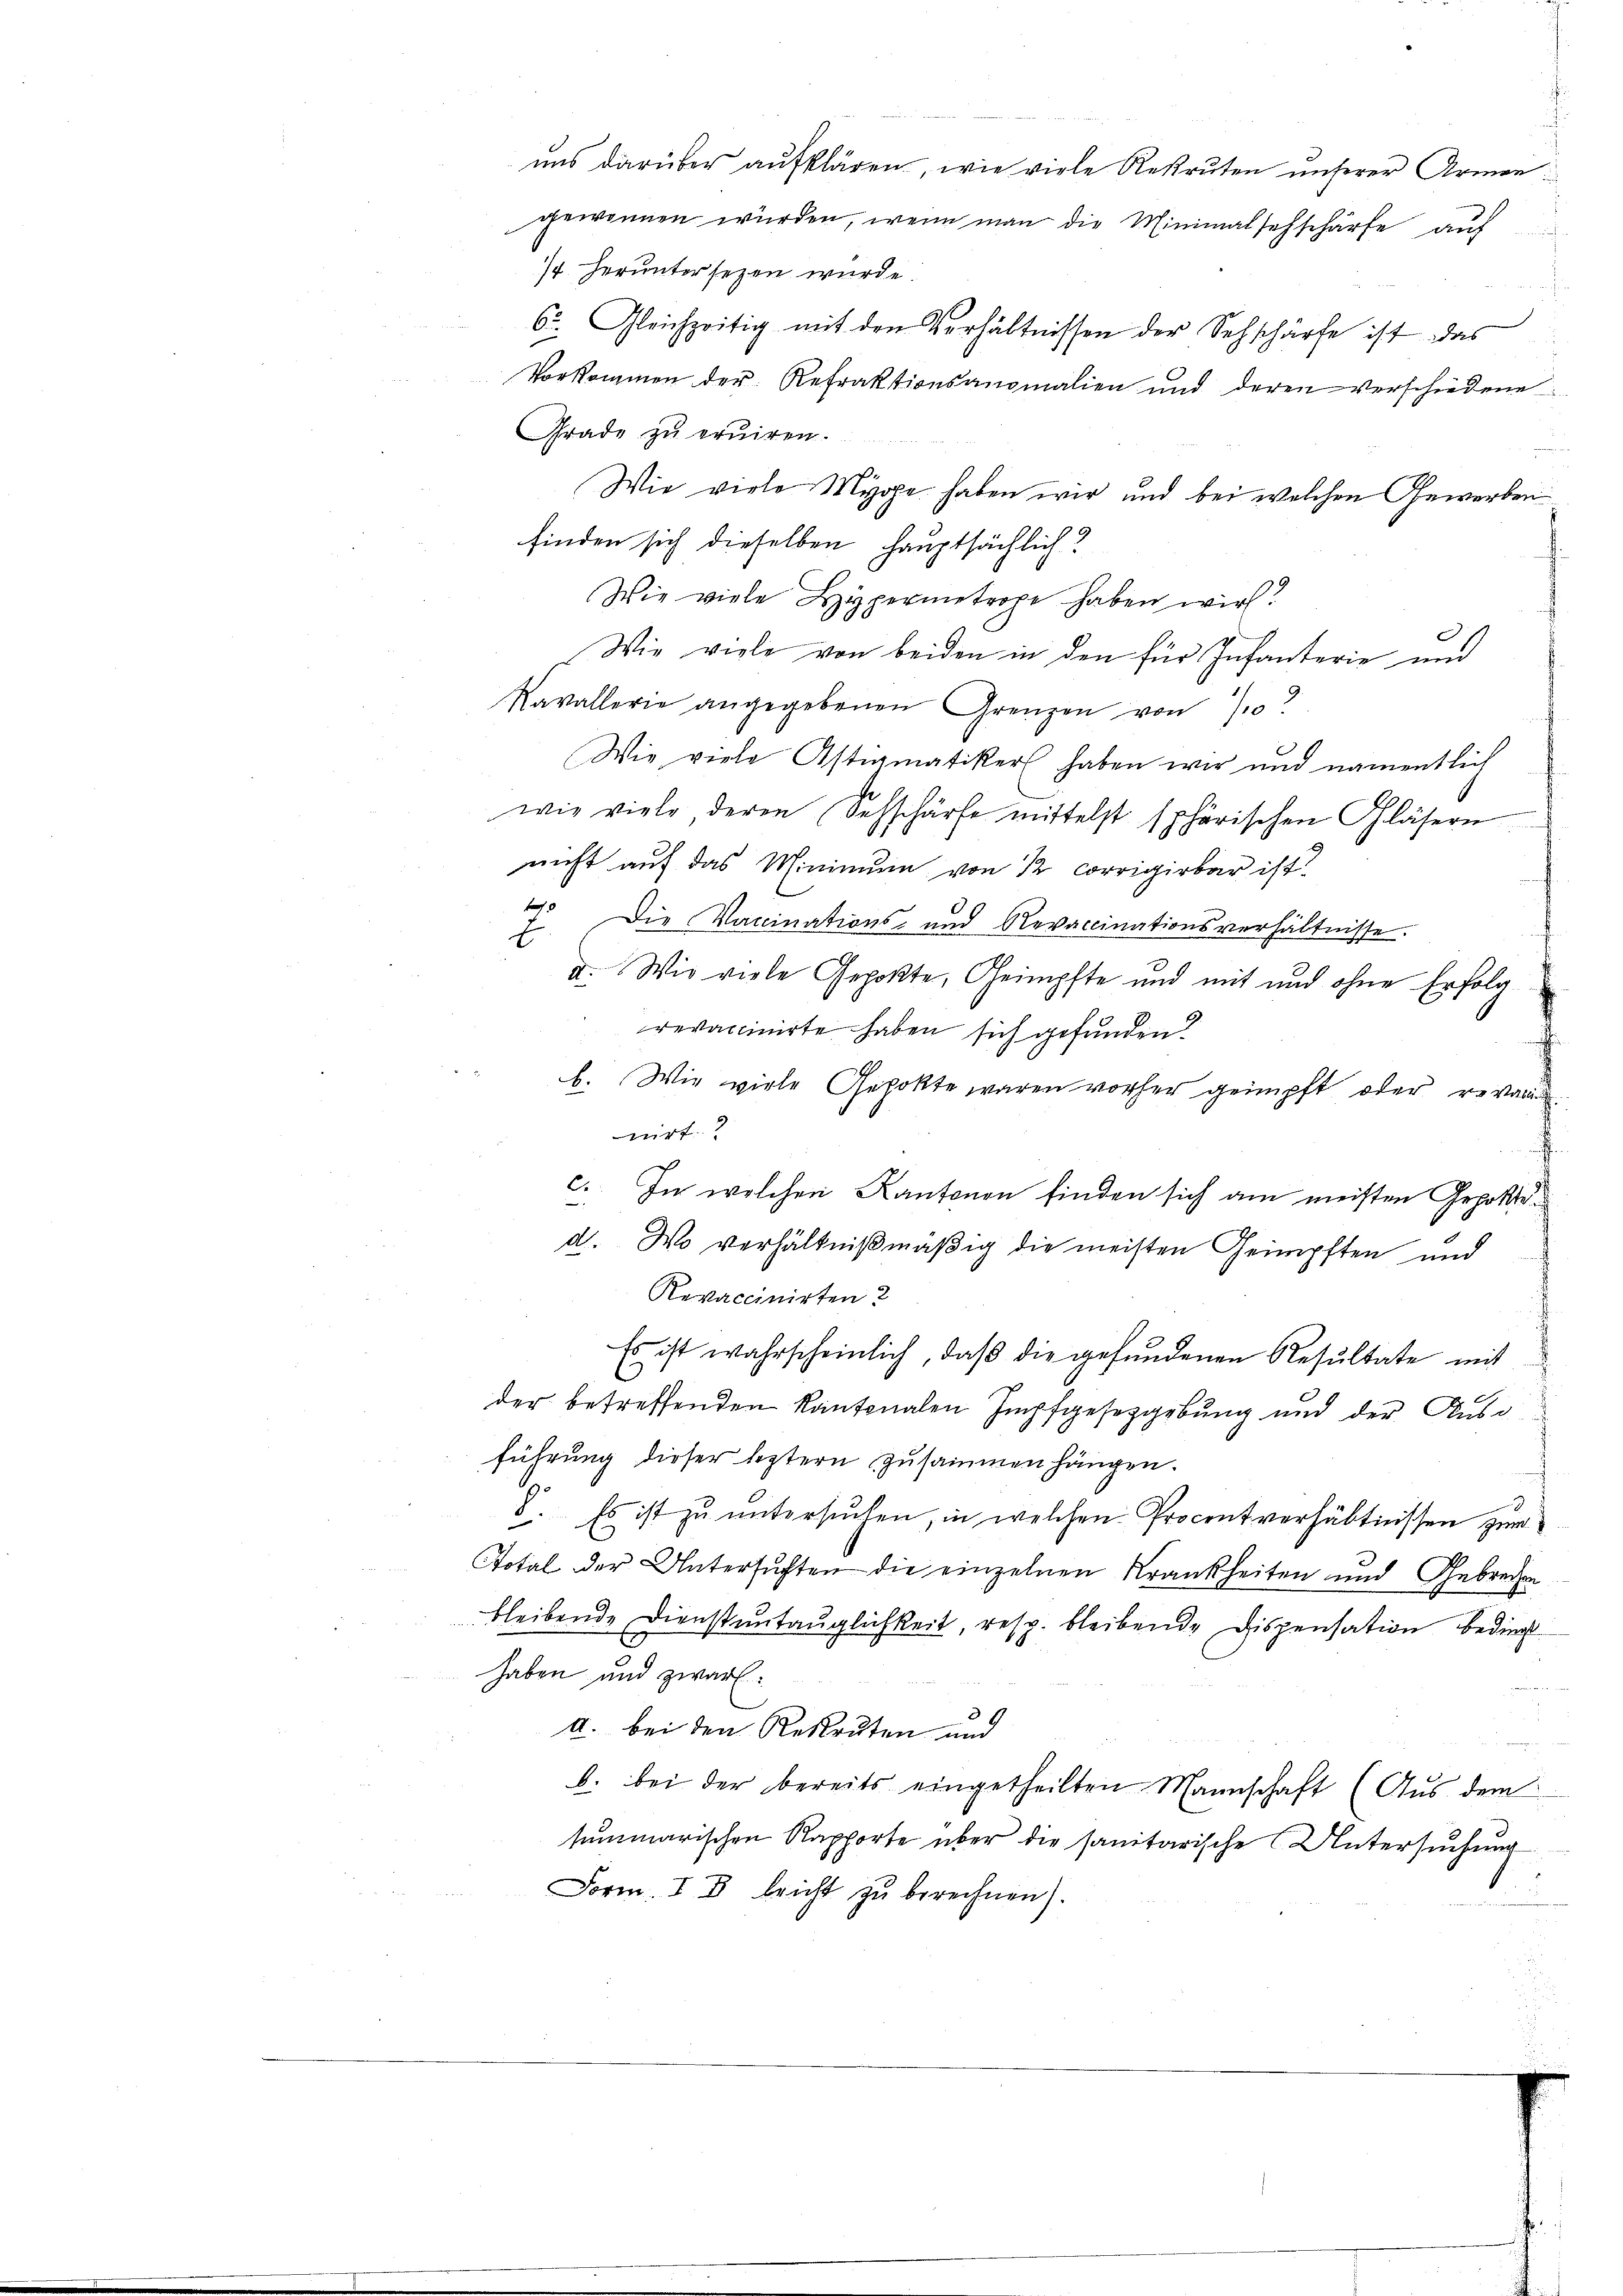
/ heruntersezen wurde.
6. Gleichzeitig mit den Verhältnissen der Sehschärfe ist das
Vorkommen der Refraktionsanomalien und deren verschiedene
Grade zu eruiren.
Wie viele Myoe haben wir und bei welchen Gewerben
finden sich dieselben hauptsächlich?
Wie viele Hypermetrope haben wir!
Wie viele von beiden in den für Infanterie und
Kavallerie angegebenen Grenzen von 70
Wie viele Astigmatikers haben wir und namentlich
wie viele deren Sehschärfe mittelst sphärischen Gläsern
nicht auf das Minimum von 2 corrigirbar ist
41. Die Vicinations- und Revaccinationsverhältnisse.
E
d. Wie viele Gepokte, Geimpfte und mit und ohne Erfolg
revaccinirte haben sich gefunden?
b. Wie viele Gepokte waren vorher geimpft oder revande
nirt.
c. In welchen Kantonen finden sich am meisten Gepolted. Wo verhältnißmäßig die meisten Geimpften und
Revaccinirten?
Es ist wahrscheinlich, daß die gefundenen Resultate mit
der betreffenden Kantonalen Impfgesetzgebung und der Ausd
führung dieser leztern zusammen hängen.
8. Es ist zŭ ŭntersŭchen, in welchen Procentverhältnissen zum
Total der Untersuchten die einzelnen Krankheiten und Gebrechen
bleibende Dienstuntauglichkeit, resp. bleibende Dispensation bedingt
haben und zwar:
i
a. bei den Rekruten und
b. bei der bereits eingetheilten Mannschaft (Aŭs dem
summarischen Rapporte über die sanitarische Untersuchung
Form. I B bricht zŭ berechnen).

uns darüber aufklären, wie viele Rekruten unserer Armen
gewonnen würden, wenn man die Minimalsehschärfe auf